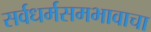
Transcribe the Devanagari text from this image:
सर्वधर्मसमभावाचा